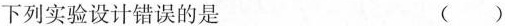
下列实验设计错误的是 ( )